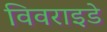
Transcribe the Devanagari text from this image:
विवराइडे